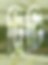
ট্রিটি